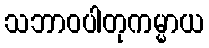
သဘာဝပါတုကမ္မာယ